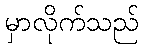
မှာလိုက်သည်